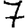
Digit: 7